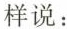
样说：